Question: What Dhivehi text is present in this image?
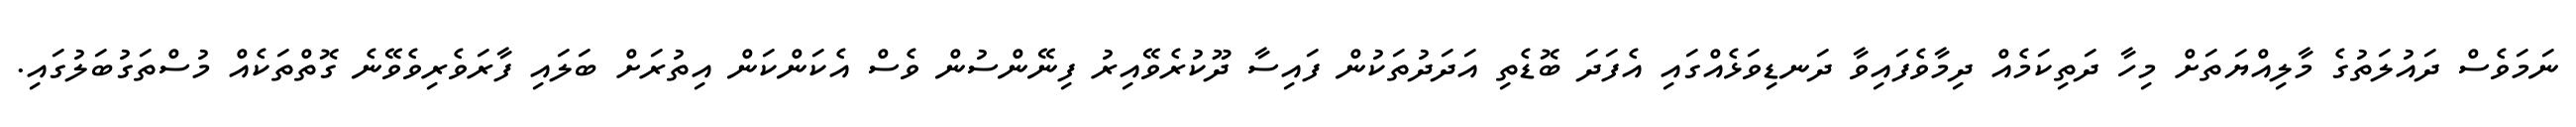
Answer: ނަމަވެސް ދައުލަތުގެ މާލިއްޔަތަށް މިހާ ދަތިކަމެއް ދިމާވެފައިވާ ދަނޑިވަޅެއްގައި އެފަދަ ބޮޑެތި އަދަދުތަކުން ފައިސާ ދޫކުރެވޭއިރު ފިނޭންސުން ވެސް އެކަންކަން އިތުރަށް ބަލައި ފާރަވެރިވެވޭނެ ގޮތްތަކެއް މުސްތަގުބަލުގައި.